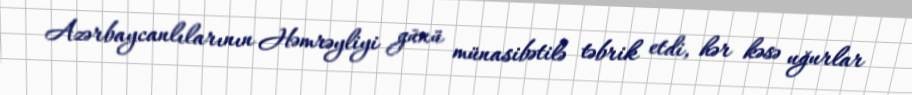
Azərbaycanlılarının Həmrəyliyi günü münasibətilə təbrik etdi, hər kəsə uğurlar